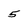
Character: 5